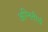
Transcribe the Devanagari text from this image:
अग्‍नितीर्थ